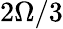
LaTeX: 2\Omega/3